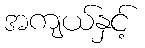
အကျယ်နှင့်